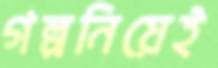
গল্পনিয়েই